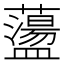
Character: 蘯